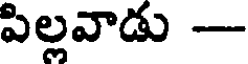
పిల్లవాడు -